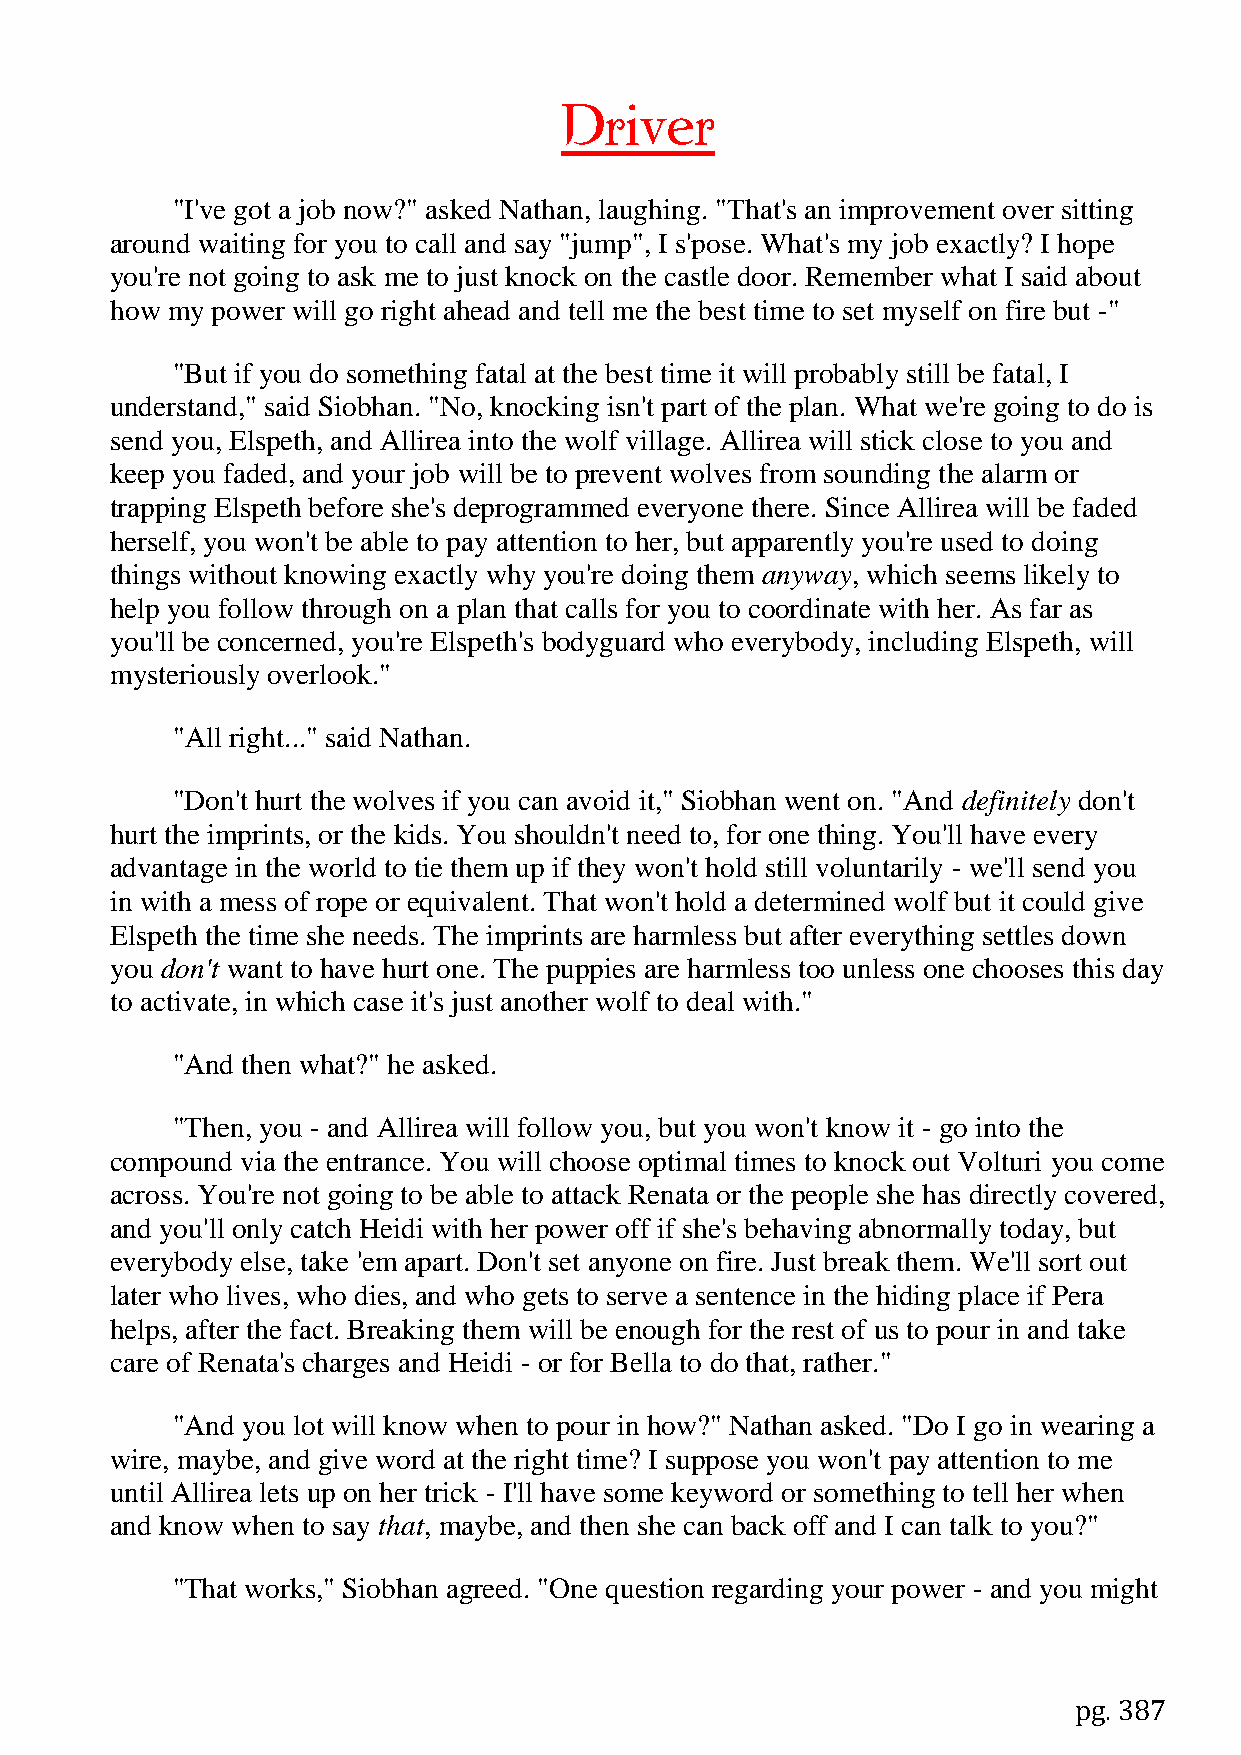
Driver
 "I've got a job now?" asked Nathan, laughing. "That's an improvement over sitting
 around waiting for you to call and say "jump", I s'pose. What's my job exactly? I hope
 you're not going to ask me to just knock on the castle door. Remember what I said about
 how my power will go right ahead and tell me the best time to set myself on fire but -"
 "But if you do something fatal at the best time it will probably still be fatal, I
 understand," said Siobhan. "No, knocking isn't part of the plan. What we're going to do is
 send you, Elspeth, and Allirea into the wolf village. Allirea will stick close to you and
 keep you faded, and your job will be to prevent wolves from sounding the alarm or
 trapping Elspeth before she's deprogrammed everyone there. Since Allirea will be faded
 herself, you won't be able to pay attention to her, but apparently you're used to doing
 things without knowing exactly why you're doing them anyway, which seems likely to
 help you follow through on a plan that calls for you to coordinate with her. As far as
 you'll be concerned, you're Elspeth's bodyguard who everybody, including Elspeth, will
 mysteriously overlook."
 "All right..." said Nathan.
 "Don't hurt the wolves if you can avoid it," Siobhan went on. "And definitely don't
 hurt the imprints, or the kids. You shouldn't need to, for one thing. You'll have every
 advantage in the world to tie them up if they won't hold still voluntarily - we'll send you
 in with a mess of rope or equivalent. That won't hold a determined wolf but it could give
 Elspeth the time she needs. The imprints are harmless but after everything settles down
 you don't want to have hurt one. The puppies are harmless too unless one chooses this day
 to activate, in which case it's just another wolf to deal with."
 "And then what?" he asked.
 "Then, you - and Allirea will follow you, but you won't know it - go into the
 compound via the entrance. You will choose optimal times to knock out Volturi you come
 across. You're not going to be able to attack Renata or the people she has directly covered,
 and you'll only catch Heidi with her power off if she's behaving abnormally today, but
 everybody else, take 'em apart. Don't set anyone on fire. Just break them. We'll sort out
 later who lives, who dies, and who gets to serve a sentence in the hiding place if Pera
 helps, after the fact. Breaking them will be enough for the rest of us to pour in and take
 care of Renata's charges and Heidi - or for Bella to do that, rather."
 "And you lot will know when to pour in how?" Nathan asked. "Do I go in wearing a
 wire, maybe, and give word at the right time? I suppose you won't pay attention to me
 until Allirea lets up on her trick - I'll have some keyword or something to tell her when
 and know when to say that, maybe, and then she can back off and I can talk to you?"
 "That works," Siobhan agreed. "One question regarding your power - and you might
 pg. 387